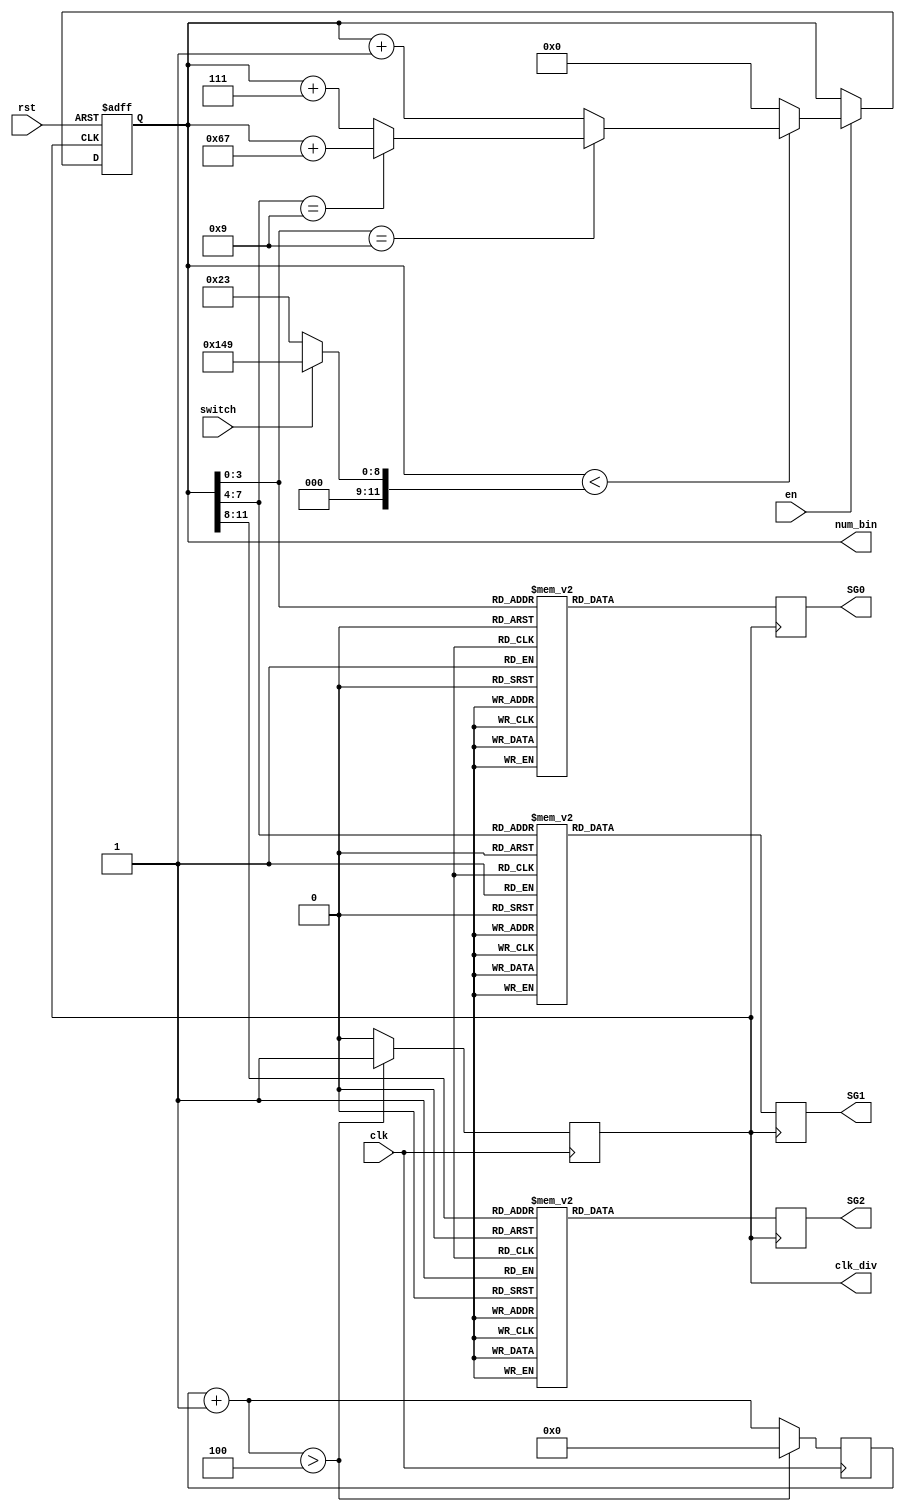
// module-alterable counter, which can be switched to 50 or 120
module cnt_mod_alt2 (
    input clk,
    input rst,
    input en,
    input switch,
    
    // SG0,SG1,SG2 is nixie tube, respectively shows single, tens, hundreds digits;
    output reg clk_div,
    output reg  [11:0]  num_bin,
    output reg [6:0] SG0,
    output reg [6:0] SG1,
    output reg [6:0] SG2
);
    //parameter
    // count depth
	parameter WIDTH = 25;
    // model = 24
	parameter model_1 = 12'b0000_0010_0011;
    // model = 150
	parameter model_2 = 12'b0001_0100_1001;
    
    // wire
	// single, tens and hundreds digits
	wire [3:0] gw,sw,bw;
	// counter for frequence diveder
	reg [WIDTH-1:0] cnt;
    // model switcher flag
    reg [11:0] model;
    
	// 50MHZ system clock to 1HZ clock
	always@(posedge clk)begin 
        cnt = cnt + 1'b1;
        // if(cnt > 24'd49_999_999)begin
        // 4 for test 
        if(cnt > 4)begin
            clk_div = 1'b1;
            cnt = 1'b0;
        end
        else
            clk_div = 1'b0;
    end		
	// 7-seg nuxie tube coder
	always@(posedge clk_div)begin
        case(gw) // single digits
                0:SG0<=7'b100_0000; 1:SG0<=7'b111_1001;
                2:SG0<=7'b010_0100; 3:SG0<=7'b011_0000;
                4:SG0<=7'b001_1001; 5:SG0<=7'b001_0010;
                6:SG0<=7'b000_0010; 7:SG0<=7'b111_1000;
                8:SG0<=7'b000_0000; 9:SG0<=7'b001_0000;
                default:SG0=7'b111_1111;
        endcase
        case(sw) // tens digits
                0:SG1<=7'b100_0000; 1:SG1<=7'b111_1001;
                2:SG1<=7'b010_0100; 3:SG1<=7'b011_0000;
                4:SG1<=7'b001_1001; 5:SG1<=7'b001_0010;
                6:SG1<=7'b000_0010; 7:SG1<=7'b111_1000;
                8:SG1<=7'b000_0000; 9:SG1<=7'b001_0000;
                default:SG1=7'b111_1111;
        endcase
        case(bw) // hundreds digits
                0:SG2<=7'b100_0000; 1:SG2<=7'b111_1001;
                2:SG2<=7'b010_0100; 3:SG2<=7'b011_0000;
                4:SG2<=7'b001_1001; 5:SG2<=7'b001_0010;
                6:SG2<=7'b000_0010; 7:SG2<=7'b111_1000;
                8:SG2<=7'b000_0000; 9:SG2<=7'b001_0000;
                default:SG2 = 7'b111_1111;
        endcase 
   end
	// mdoel switcher
	always@(switch)
		if(!switch)
			model = model_1;
		else
			model = model_2;
	// 
	assign gw = num_bin[3:0];
	assign sw = num_bin[7:4];
	assign bw = num_bin[11:8];
	// BCD counter
	always@(posedge clk_div, negedge rst)begin
        if(!rst)
            num_bin <= 0;
        else if(en)begin
            if(num_bin < model)begin
                if(gw == 9)begin
                    if(sw == 9)
                        // BCD hundred digits carry
                        num_bin <= num_bin + 8'h67;
                    else 
                        // BCD tens digits carry 
                        num_bin <= num_bin + 4'h7;
                end
                else 
                    num_bin <= num_bin + 1'b1;
            end 
            else
                num_bin <= 1'b0;
        end
        else begin
            // off state: reserve num
            num_bin <= num_bin;
        end
    end

endmodule